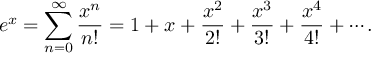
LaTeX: e ^ { x } = \sum _ { n = 0 } ^ { \infty } { \frac { x ^ { n } } { n ! } } = 1 + x + { \frac { x ^ { 2 } } { 2 ! } } + { \frac { x ^ { 3 } } { 3 ! } } + { \frac { x ^ { 4 } } { 4 ! } } + \cdots .